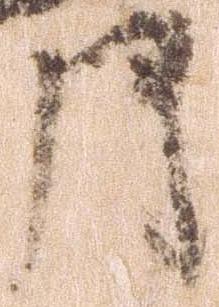
月